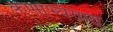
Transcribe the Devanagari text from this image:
कर्णाभ्यंगात्‌